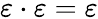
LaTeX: \varepsilon\cdot\varepsilon=\varepsilon